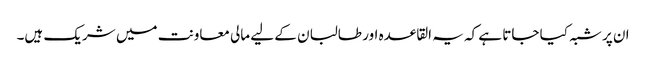
ان پر شبہ کیا جاتا ہے کہ یہ القاعدہ اور طالبان کے لیے مالی معاونت میں شریک ہیں۔